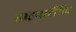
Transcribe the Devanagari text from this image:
हाइपरटेंसिव